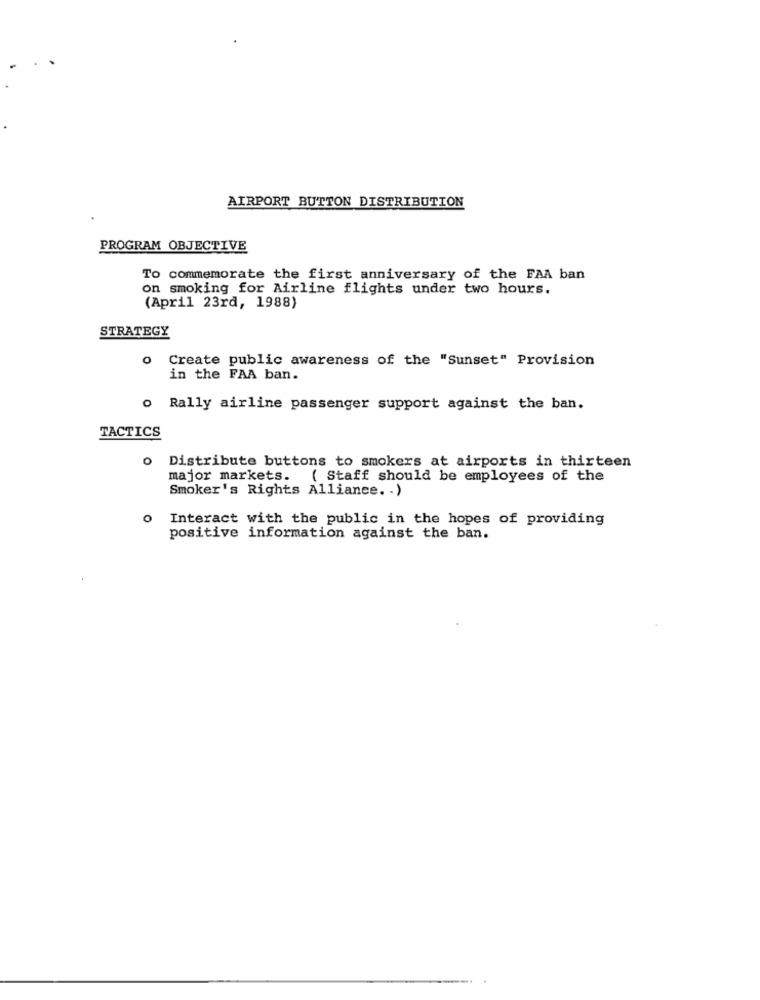
AIRPORT BUTTON DISTRIBUTION
PROGRAM OBJECTIVE
To commemorate the first anniversary of the FAA ban
on smoking for Airline flights under two hours.
(April 23rd, 1988)
STRATEGY
0
Create public awareness of the "Sunset" Provision
in the FAA ban.
o Rally airline passenger support against the ban.
TACTICS
O
Distribute buttons to smokers at airports in thirteen
major markets.
( Staff should be employees of the
Smoker's Rights Alliance. . )
Interact with the public in the hopes of providing
positive information against the ban.